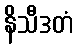
နိသီဒတံ